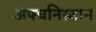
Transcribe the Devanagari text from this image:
अफ्घनिस्तान